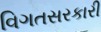
વિગતસરકારી